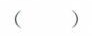
( )